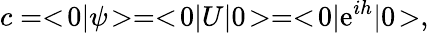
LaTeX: c=<\! 0|\psi\! >=<\! 0|U|0\! >=<\! 0|\mathrm{e}^{ih}|0\! >,